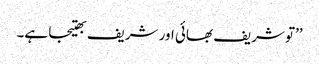
’’تو شریف بھائی اور شریف بھتیجا ہے۔